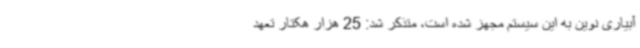
آبیاری نوین به این سیستم مجهز شده است، متذکر شد: 25 هزار هکتار تعهد